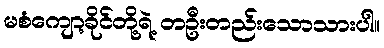
မစံကျော့ခိုင်တို့ရဲ့ တဦးတည်းသောသားပါ။